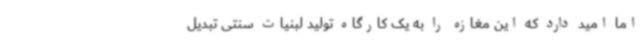
اما امید دارد که این مغازه را به یک کارگاه تولید لبنیات سنتی تبدیل